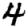
Digit: 4